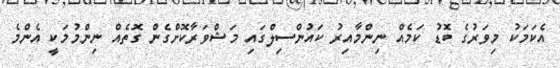
އެކަމަކު މިވަރުގެ ބޮޑު ކަމެއް ނިންމާއިރު ކައުންސިލްގައި މަޝްވަރާކޮށްގެން ގޮތެއް ނިންމުމަކީ އެންމެ